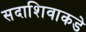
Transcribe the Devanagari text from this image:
सदाशिवाकडे